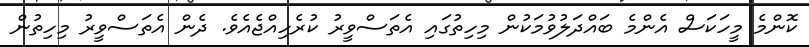
ކޮންމެ މީހަކަސް އެންމެ ބައްދަލުވުމަކުން މިހިތުގައި އެތަސްވީރު ކުރެހިއްޖެއެވެ. ދެން އެތަސްވީރު މިހިތުން